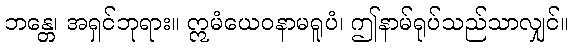
ဘန္တေ၊ အရှင်ဘုရား။ ဣမံယေဝနာမရူပံ၊ ဤနာမ်ရုပ်သည်သာလျှင်။